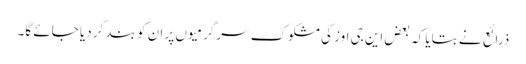
ذرائع نے بتایا کہ بعض این جی اوز کی مشکوک سرگرمیوں پر ان کو بند کر دیا جائے گا۔